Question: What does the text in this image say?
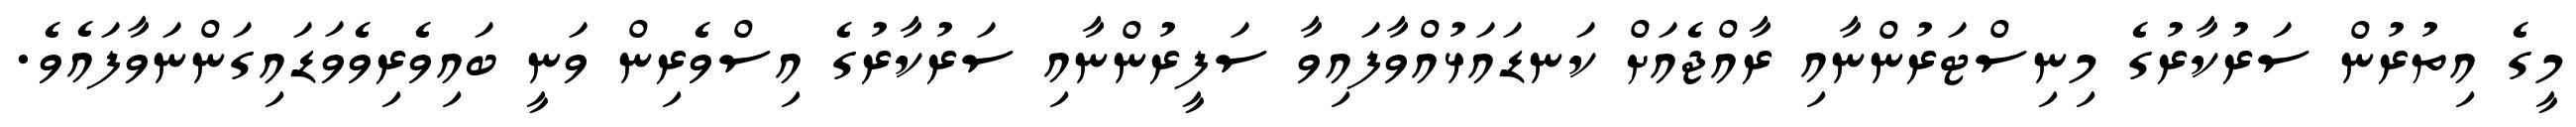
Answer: މީގެ އިތުރުން ސަރުކާރުގެ މިނިސްޓަރުންނާއި ރާއްޖެއަށް ކަނޑައަޅުއްވާފައިވާ ސަފީރުންނާއި ސަރުކާރުގެ އިސްވެރިން ވަނީ ބައިވެރިވެވަޑައިގަންނަވާފައެވެ.